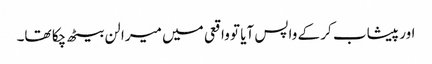
اور پیشاب کر کے واپس آیا تو واقعی میں میرا لن بیٹھ چکا تھا۔